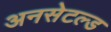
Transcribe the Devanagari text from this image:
अनसेटल्ड